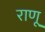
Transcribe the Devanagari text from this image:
राणू